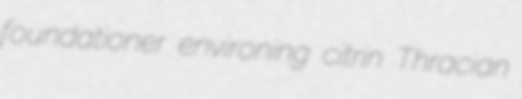
foundationer environing citrin Thracian